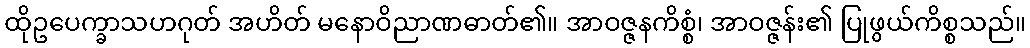
ထိုဥပေက္ခာသဟဂုတ် အဟိတ် မနောဝိညာဏဓာတ်၏။ အာဝဇ္ဇနကိစ္စံ၊ အာဝဇ္ဇန်း၏ ပြုဖွယ်ကိစ္စသည်။